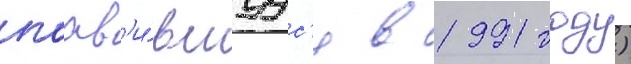
поав'и́вшуус'я в 1991 году)